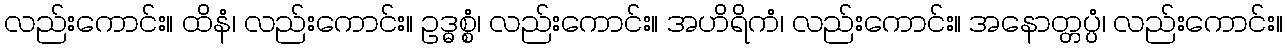
လည်းကောင်း။ ထိနံ၊ လည်းကောင်း။ ဥဒ္ဓစ္စံ၊ လည်းကောင်း။ အဟိရိကံ၊ လည်းကောင်း။ အနောတ္တပ္ပံ၊ လည်းကောင်း။